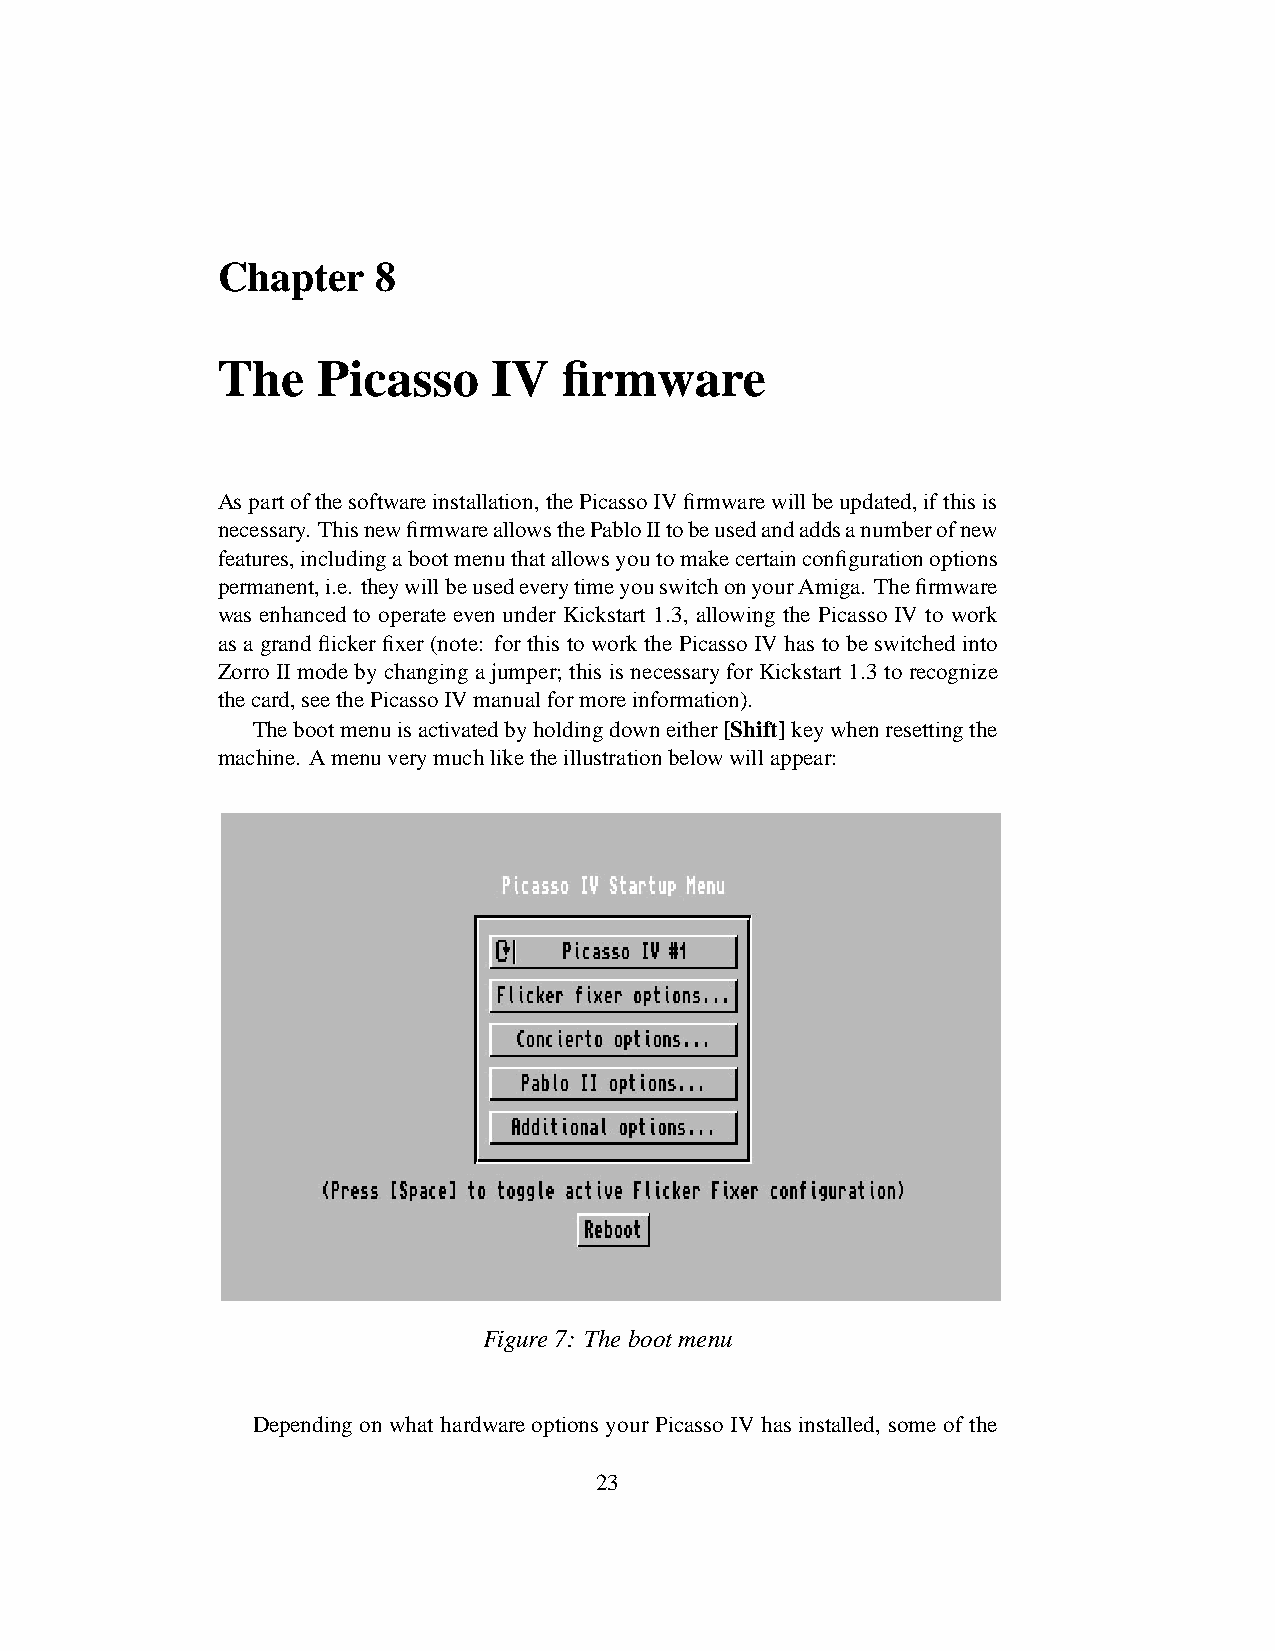
Chapter    8
 The    Picasso     IV  firmware
 Aspartofthesoftwareinstallation,thePicassoIVfirmwarewillbeupdated,ifthisis
 necessary. ThisnewfirmwareallowsthePabloIItobeusedandaddsanumberofnew
 features,includingabootmenuthatallowsyoutomakecertainconfigurationoptions
 permanent,i.e. theywillbeusedeverytimeyouswitchonyourAmiga. Thefirmware
 was enhanced to operate even under Kickstart 1.3, allowing the Picasso IV to work
 as a grand flicker fixer(note: for this to work the Picasso IV has to be switched into
 Zorro II mode by changinga jumper; this is necessaryfor Kickstart 1.3 to recognize
 thecard,seethePicassoIVmanualformoreinformation).
 Thebootmenuisactivatedbyholdingdowneither[Shift]keywhenresettingthe
 machine. Amenuverymuchliketheillustrationbelowwillappear:
 Figure7: The bootmenu
 Depending on what hardware options your Picasso IV has installed, some of the
 23